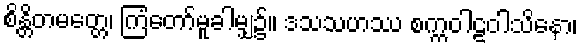
စိန္တိတမတ္တေ၊ ကြံတော်မူခါမျှ၌။ ဒသသဟဿ စက္ကဝါဠဝါသိနော၊